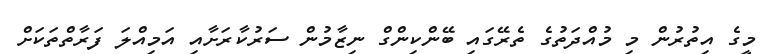
މީގެ އިތުރުން މި މުއްދަތުގެ ތެރޭގައި ބޭންކިންގް ނިޒާމުން ސަރުކާރަށާއި އަމިއްލަ ފަރާތްތަކަށް